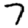
Digit: 7